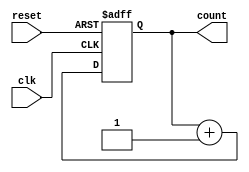
module ripple_counter (
    input wire clk,      // Clock input
    input wire reset,    // Asynchronous reset
    output reg [2:0] count // 3-bit counter output
);

// Always block for the counter logic
always @(posedge clk or posedge reset) begin
    if (reset) begin
        count <= 3'b000; // Reset the counter to 0
    end else begin
        count <= count + 1; // Increment the counter
    end
end

endmodule